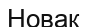
Новак